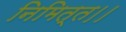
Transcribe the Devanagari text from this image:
निमित्त।।